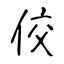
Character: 佼